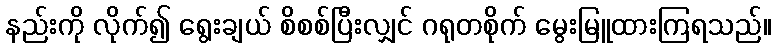
နည်းကို လိုက်၍ ရွေးချယ် စိစစ်ပြီးလျှင် ဂရုတစိုက် မွေးမြူထားကြရသည်။